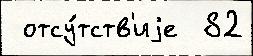
 отсу́тств'иjе  82